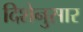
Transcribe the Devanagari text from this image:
दिशेनुसार